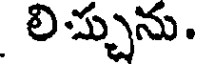
లిచ్చును.